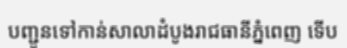
បញ្ជូនទៅកាន់សាលាដំបូងរាជធានីភ្នំពេញ ទើប